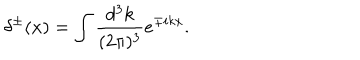
\delta ^ { \pm } ( x ) = \int \frac { d ^ { 3 } k } { ( 2 \pi ) ^ { 3 } } e ^ { \mp i k x } .